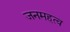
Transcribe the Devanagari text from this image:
जनमहत्व